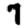
Digit: 7